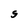
Character: S